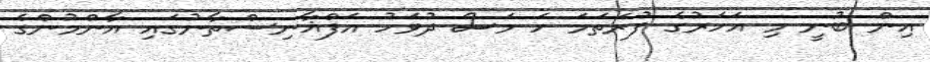
އިން ބުނީ މި އަހަރުގެ ފުރަތަމަ ހަ މަސް ދުވަހު އަފްޣާނިސްތާނުގައި އާންމުންގެ